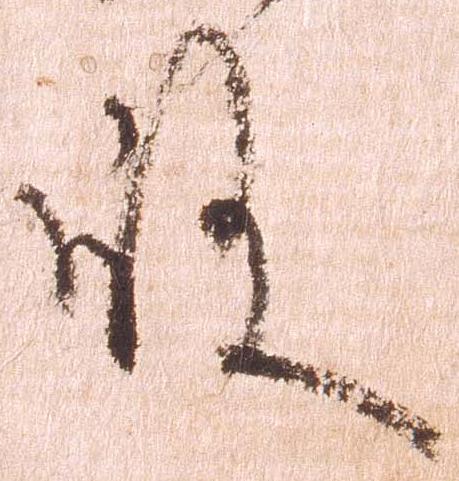
殿